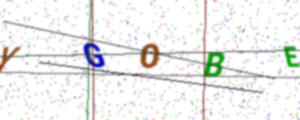
Text: YGOBE